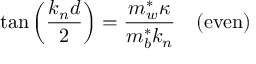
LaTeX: \tan \left( { \frac { k _ { n } d } { 2 } } \right) = { \frac { m _ { w } ^ { * } \kappa } { m _ { b } ^ { * } k _ { n } } } \quad { \mathrm { ( e v e n ) } }